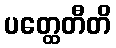
ပတ္ထေတီတိ